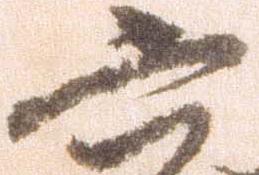
六